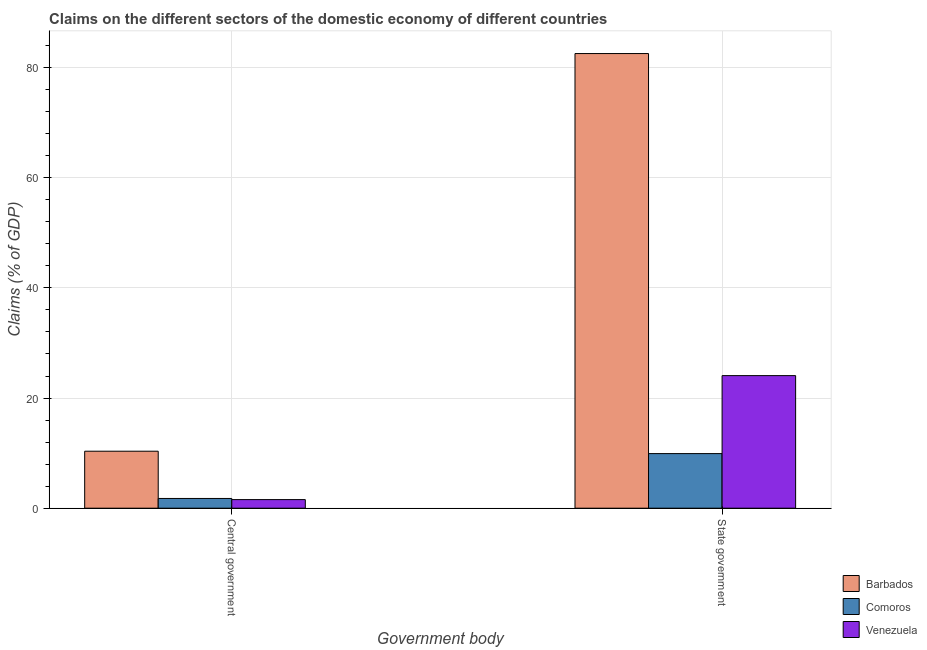
| Government body | Barbados | Comoros | Venezuela |
 | --- | --- | --- | --- |
 | Central government | 10.3 | 1.77 | 1.56 |
 | State government | 82.5 | 9.91 | 24.1 |